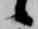
候